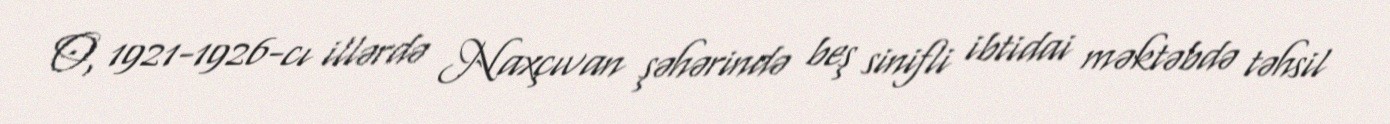
O, 1921-1926-cı illərdə Naxçıvan şəhərində beş sinifli ibtidai məktəbdə təhsil